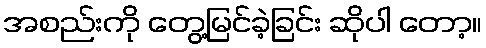
အစည်းကို တွေ့မြင်ခဲ့ခြင်း ဆိုပါ တော့။